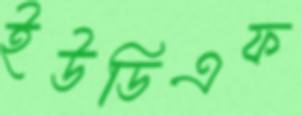
ইউডিএফ